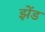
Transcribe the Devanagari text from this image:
झेंड